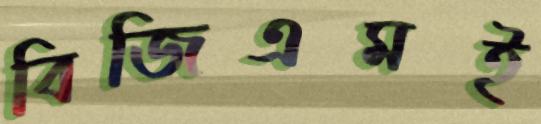
বিজিএমই